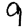
Digit: 9